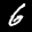
Label: 6